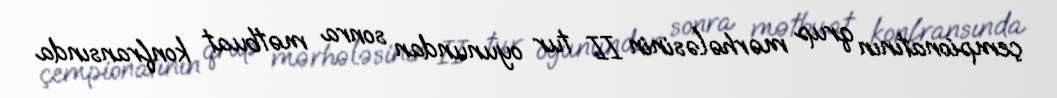
çempionatının qrup mərhələsinin II tur oyunundan sonra mətbuat konfransında